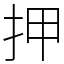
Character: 押